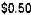
$0.50